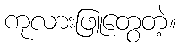
ကုလားဖြူတွေတဲ့။